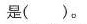
是( )。